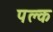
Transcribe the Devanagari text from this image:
पल्क